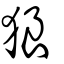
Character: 狼